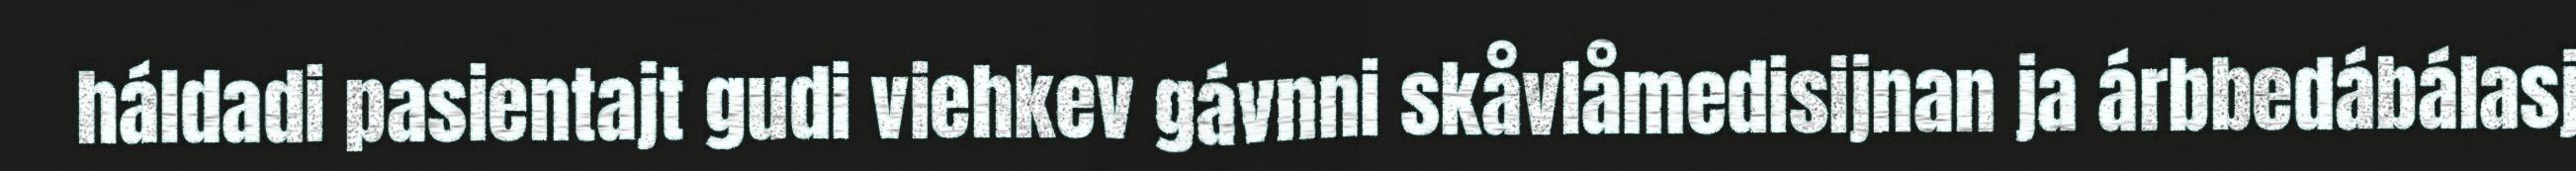
háldadi pasientajt gudi viehkev gávnni skåvlåmedisijnan ja árbbedábálasj